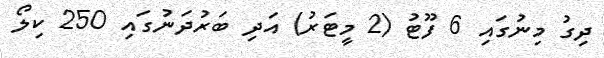
ދިގު މިނުގައި 6 ފޫޓު (2 މީޓަރު) އަދި ބަރުދަނުގައި 250 ކިލޯ